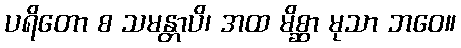
ပရိတော စ သမန္တာပိ၊ အထ မိစ္ဆာ မုသာ ဘဝေ။